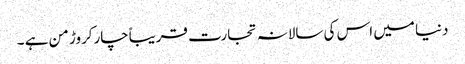
دنیا میں اس کی سالانہ تجارت قریباًچارکروڑ من ہے ۔